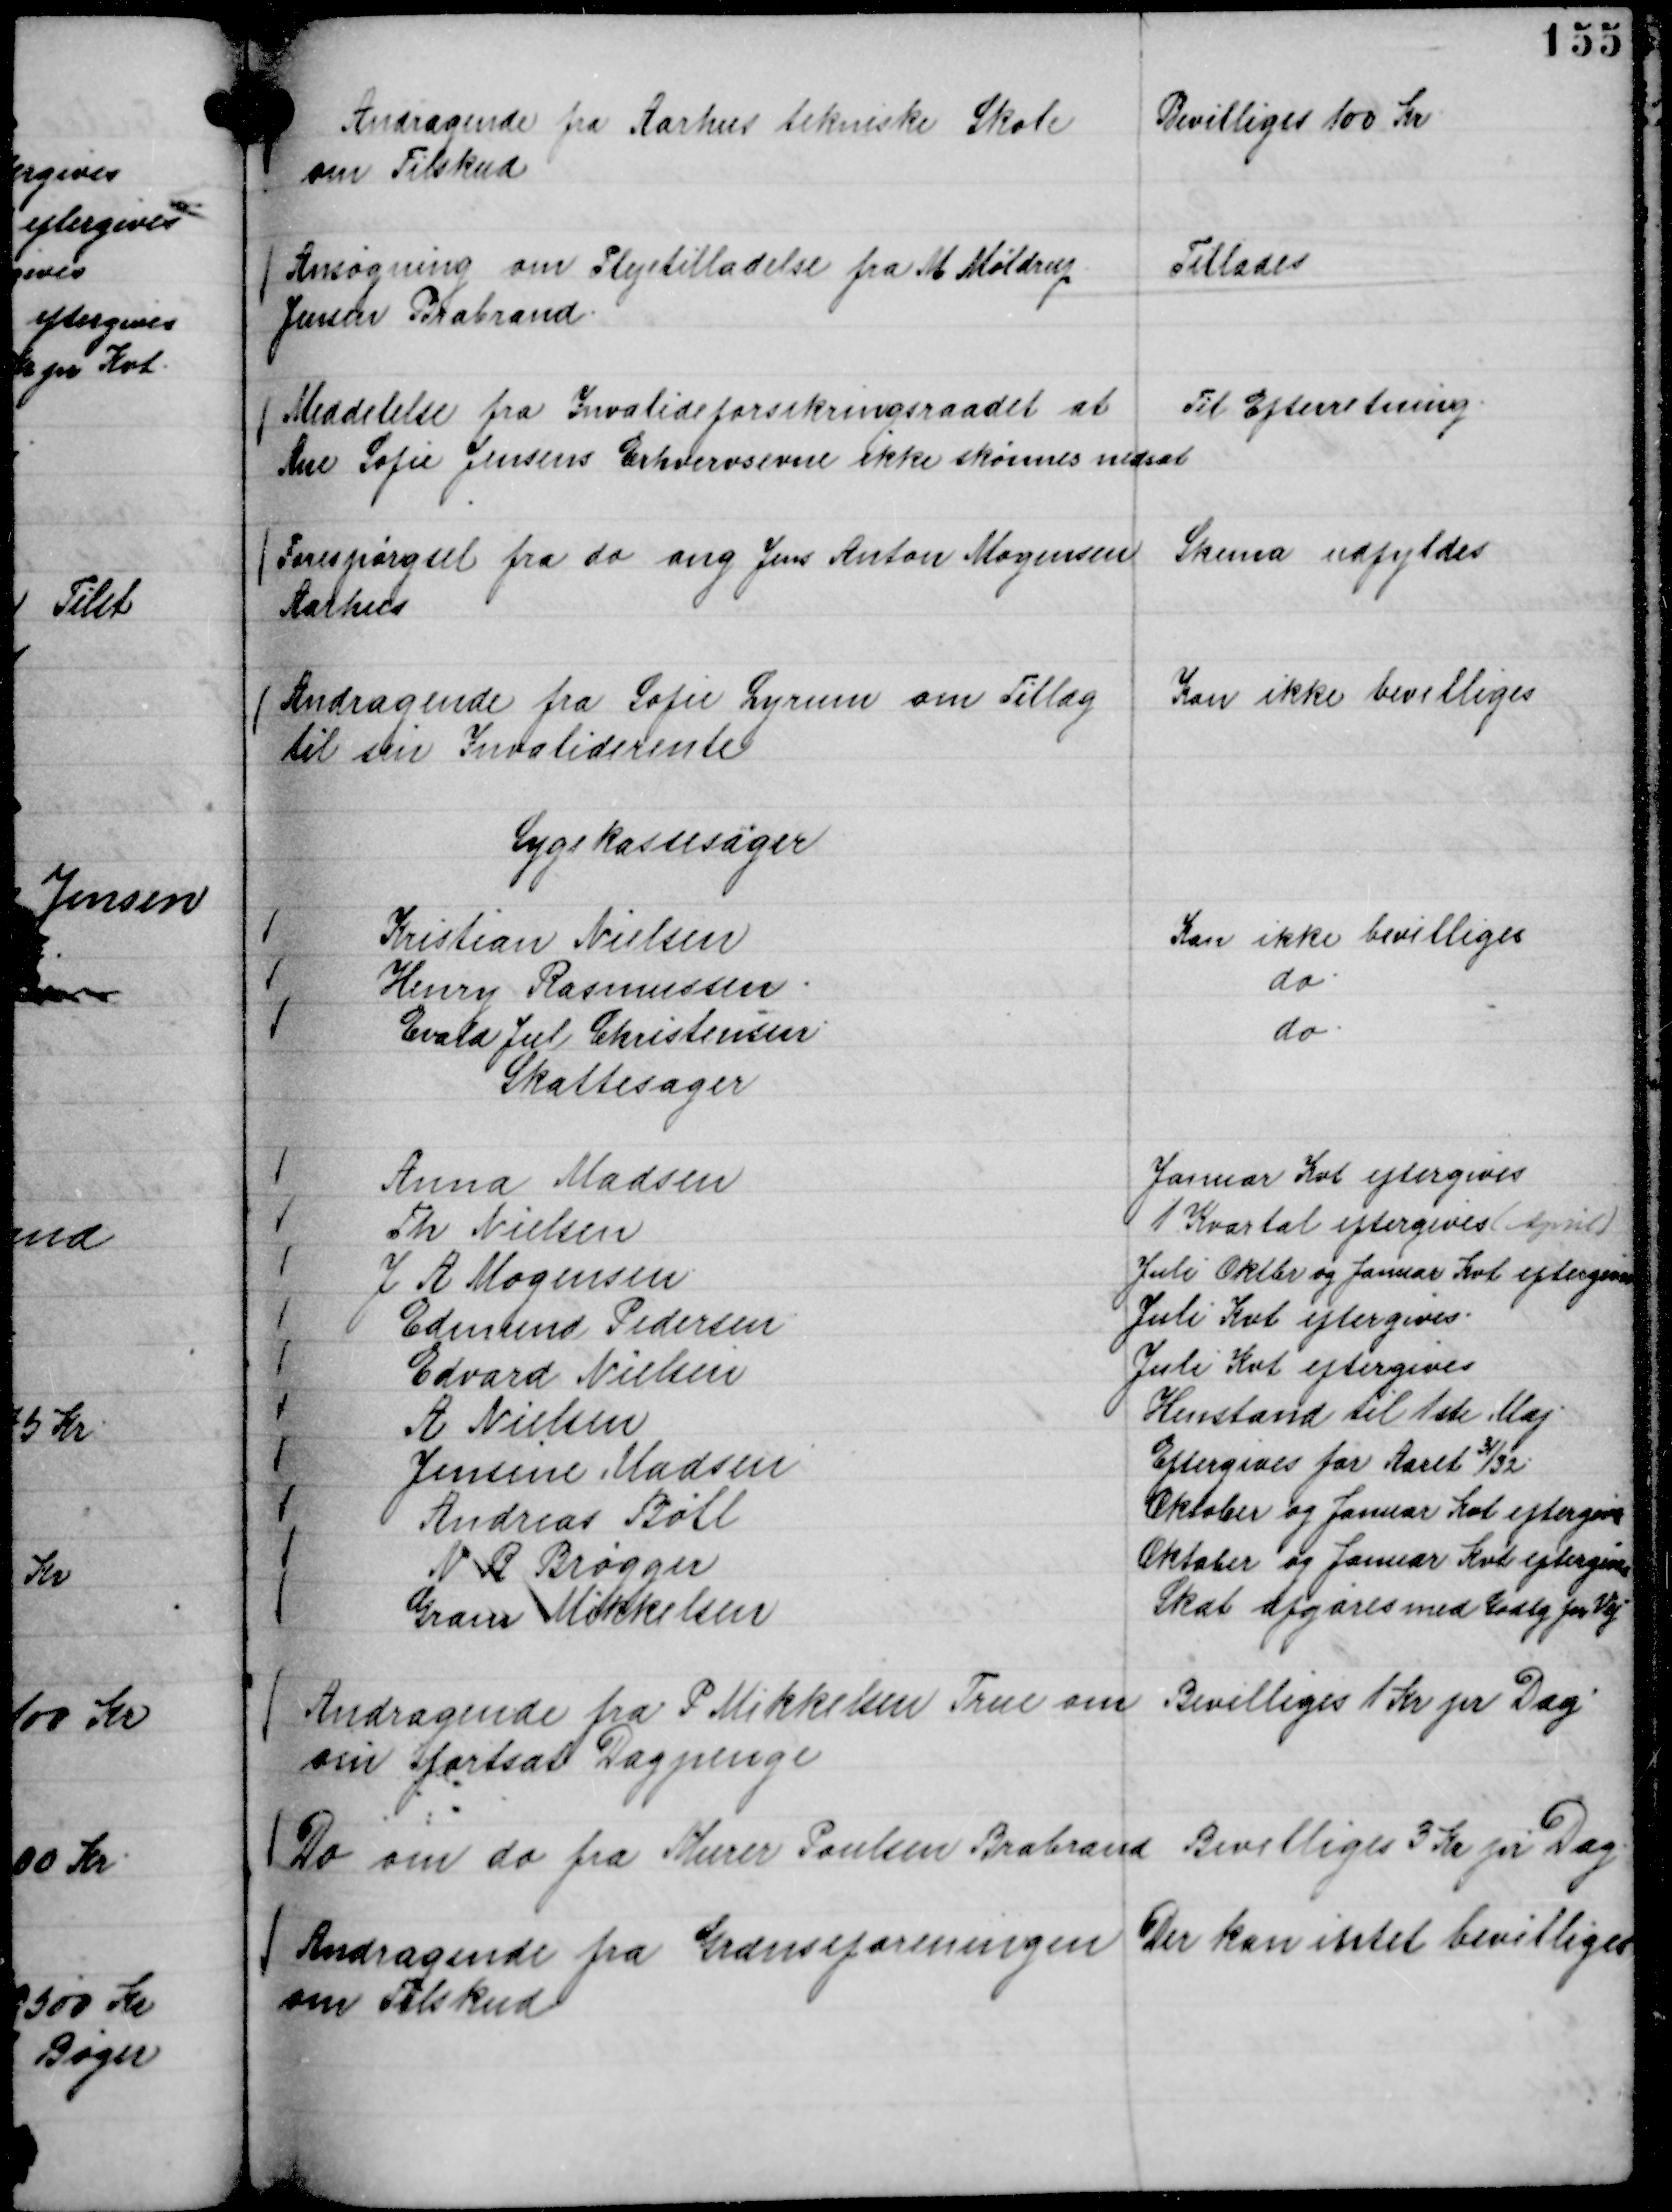
Transskription:
Andragende fra Aarhus tekniske Skole
om Tilskud

Bevilliges 100 Kr

Ansøgning om Plejetilladelse fra Møldrup
Jensen Brabrand.

Tillades

Meddelelse fra Invalideforsikringsraadet at
Ane Sofie Jensens Erhvervsevne ikke skønnes nedsat

Til Efterretning.

Forespørgsel fra do ang Jens Anton Mogensen
Aarhus

Skema udfyldes

Andragende fra Sofie Lyrum om Tillæg
til sin Invaliderente

Kan ikke bevilliges

Sygekassesager
Kristian Nielsen
Kan ikke bevilliges
Henry Rasmussen.
do.
Evald Jul Christensen.
do.

Skattesager
Anna Madsen
Januar Kvt eftergives
Th Nielsen
1 Kvartal eftergives ( April )
J A Mogensen
Juli Oktbr og Januar Kvt eftergives
Edmund Pedersen
Juli Kvt eftergives.
Edvard Nielsen
Juli Kvt eftergives
A Nielsen
Henstand til 1ste Maj
Jensine Madsen
Eftergives for Aaret
31/32.
Andreas Bøll
Oktober og Januar Kvt eftergives
N R Brøgger
Oktober og Januar Kvt eftergives
Gram Mikkelsen
Skat afgøres med Godtg for Vej

Andragende fra P Mikkelsen True om
sin fortsat Dagpenge

Bevilliges 1 Kr pr Dag

Do om do fra Murer Poulsen Brabrand

Bevilliges 3 Kr pr Dag.

Andragende fra Grænseforeningen
om Tilskud

Der kan intet bevilliges